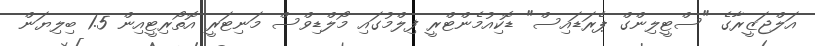
އަލްޖަޒީރާގެ "ސްޓީލިންގް ޕެރަޑައިސް" ޑޮކިއުމެންޓްރީ ފިލްމުގައި މޯލްޑިވްސް މަނިޓަރީ އޮތޯރިޓީއިން 1.5 ބިލިޔަން